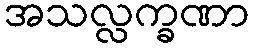
အသလ္လက္ခဏာ